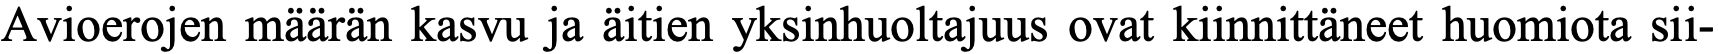
Avioerojen määrän kasvu ja äitien yksinhuoltajuus ovat kiinnittäneet huomiota sii-